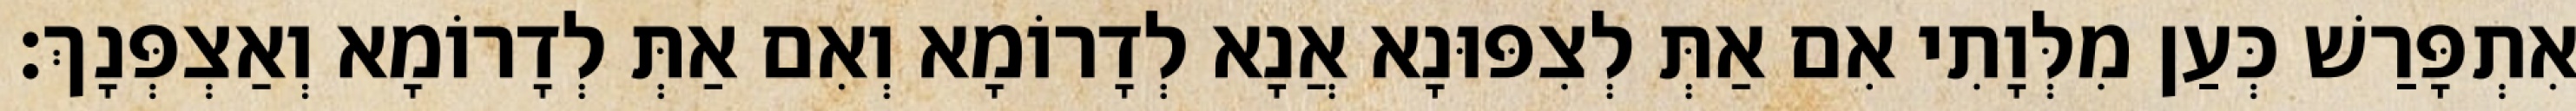
אִתְפָּרַשׁ כְּעַן מִלְּוָתִי אִם אַתְּ לְצִפּוּנָא אֲנָא לְדָרוֹמָא וְאִם אַתְּ לְדָרוֹמָא וְאַצְפְּנָךְ׃